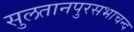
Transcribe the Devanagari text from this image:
सुलतानपुरसभाचन्द